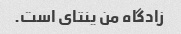
زادگاه من ینتای است.